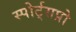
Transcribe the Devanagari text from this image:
स्पोर्ट्‌सप्रो